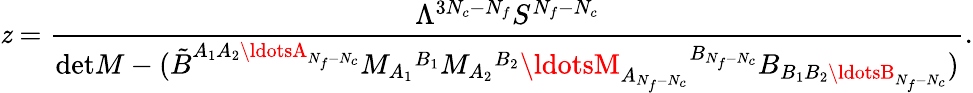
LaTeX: \mathit{z}=\frac{{\Lambda^{3N_{c}-N_{f}}S^{N_{f}-N_{c}}}}{{\mathrm{{det}}M-(\tilde{{B}}^{A_{1}A_{2}\ldotsA_{N_{f}-N_{c}}}M_{A_{1}}{}^{B_{1}}M_{A_{2}}{}^{B_{2}}\ldotsM_{A_{N_{f}-N_{c}}}{}^{B_{N_{f}-N_{c}}}B_{B_{1}B_{2}\ldotsB_{N_{f}-N_{c}}})}}.